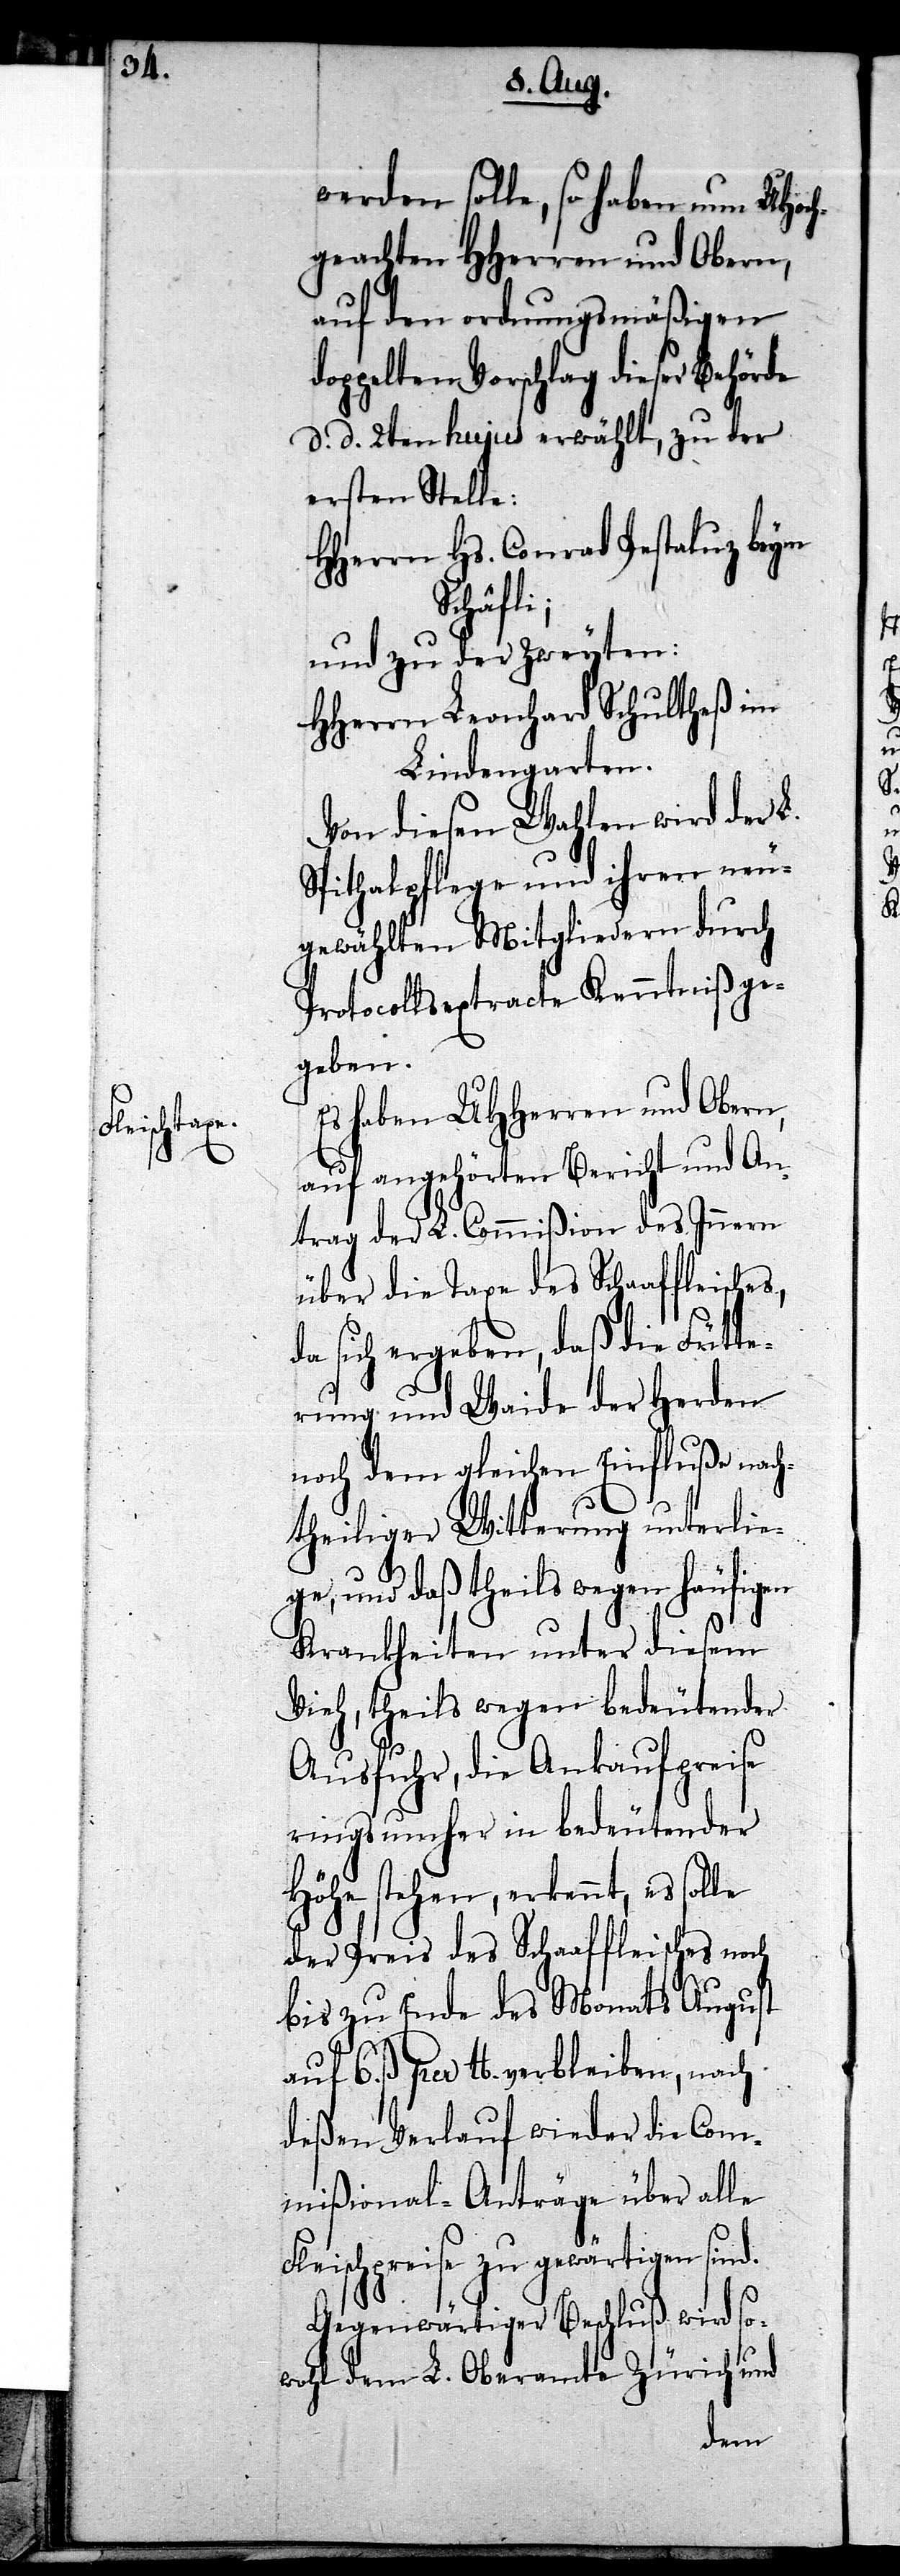
werden solle, so haben nun UHoch¬
geachten HHerren und Obern,
auf den ordnungsmäßigen
doppelten Vorschlag dieser Behörde
d. d. 2ten hujus erwählt, zu der
ersten Stelle:
HHerrn Hs. Conrad Pestaluz beym
Schäfli;
und zu der zweyten:
HHerrn Leonhard Schultheß im
Lindengarten.
Von diesen Wahlen wird der L.
Spithalpflege und ihren neu¬
gewählten Mitgliedern durch
Protocollsextracte Kenntniß ge¬
geben.
Es haben UHHerren und Obern,
d.
auf angehörten Bericht und An¬
trag der L. Commißion des Innern
über die Taxe des Schaaffleisches,
da sich ergeben, daß die Fütte¬
rung und Waide der Herden
noch dem gleichen Einfluße nach¬
theiliger Witterung unterlie¬
ge, und daß theils wegen häufigen
Krankheiten unter diesem
Vieh, theils wegen bedeutender
Ausfuhr, die Ankaufpreise
rings umher in bedeutender
Höhe stehen, erkennt, es solle
der Preis des Schaaffleisches noch
bis zu Ende des Monats August
auf 6. ß per £. verbleiben, nach
deßen Verlauf wieder die Com¬
mißional-Anträge über alle
leischpreise zu gewärtigen sin¬
Gegenwärtiger Beschluß wird so¬
wohl dem L. Oberamte Zürich und